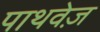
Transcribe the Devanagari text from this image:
पाथवेज़